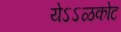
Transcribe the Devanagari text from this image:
येऽऽळकोट